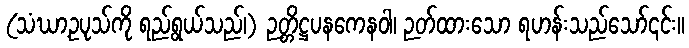
(သံဃာ့ဥပုသ်ကို ရည်ရွယ်သည်၊) ဉတ္တိဋ္ဌပနကေနဝါ၊ ဉတ်ထားသော ရဟန်းသည်သော်၎င်း။